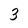
Character: 3